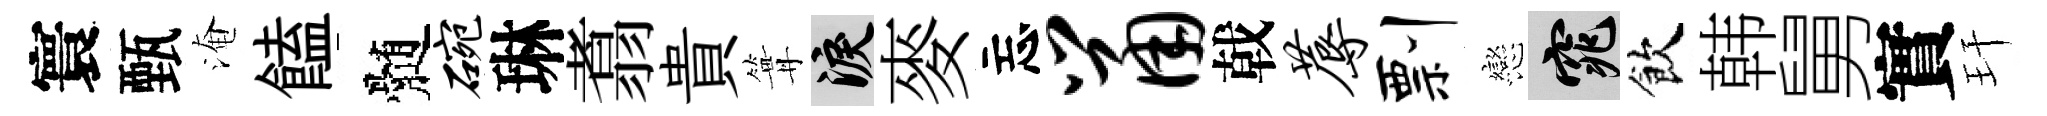
寰甄淹饁髄碗琳翥貴篝泪麥忘鼠戟蓐剽戀窕飲韩舅實玕